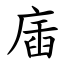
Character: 㢎